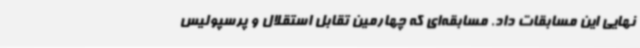
نهایی این مسابقات داد. مسابقه‌ای که چهارمین تقابل استقلال و پرسپولیس